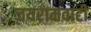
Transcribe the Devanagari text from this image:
जयरामवाटी